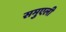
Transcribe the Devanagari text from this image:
समुएली